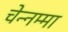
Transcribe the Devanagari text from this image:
चेन्‍नम्‍मा